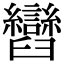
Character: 𦦽